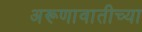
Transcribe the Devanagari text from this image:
अरूणावातीच्या